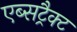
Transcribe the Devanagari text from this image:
एब्सट्रैक्ट